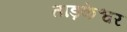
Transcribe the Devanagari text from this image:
ताड़केश्वर